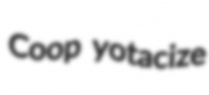
Coop yotacize